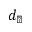
d _ { \perp }